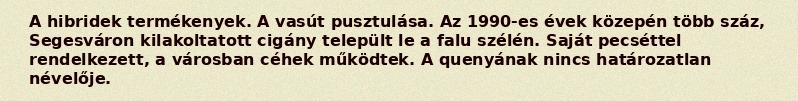
A hibridek termékenyek. A vasút pusztulása. Az 1990-es évek közepén több száz, Segesváron kilakoltatott cigány települt le a falu szélén. Saját pecséttel rendelkezett, a városban céhek működtek. A quenyának nincs határozatlan névelője.